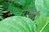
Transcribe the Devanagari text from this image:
रॉसेती